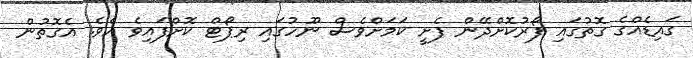
ގައިޑެއްގެ ގޮތުގައި ފޯރުކޮށްދޭން ފެށީ ކަމަށްވެސް ނޫހުގައި ރިޕޯޓް ކޮށްފައިވެ އެވެ. އެގޮތުން